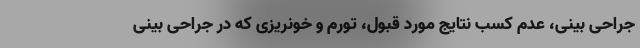
جراحی بینی، عدم کسب نتایج مورد قبول، تورم و خونریزی که در جراحی بینی